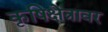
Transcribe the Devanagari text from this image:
कृषिक्षेत्रावर